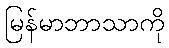
မြန်မာဘာသာကို